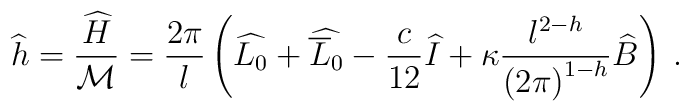
\widehat{h}=\displaystyle\frac{\widehat{H}}{{\cal M}}=\displaystyle\frac{2\pi }{l}\left( \widehat{L_{0}}+\widehat{\overline{L}_{0}}-\displaystyle\frac{c}{12}\widehat{I}+\kappa \displaystyle\frac{l^{2-h}}{\left( 2\pi \right) ^{1-h}}\widehat{B}\right) \: .